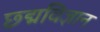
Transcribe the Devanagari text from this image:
छ्द्मविज्ञान